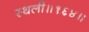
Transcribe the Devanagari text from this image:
स्थली॥१६४॥